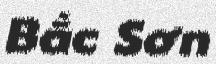
Bắc Sơn